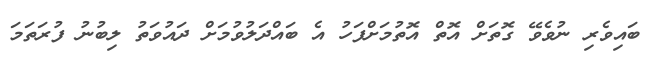
ބައިވެރި ނުވެވޭ ގޮތަށް އޮތް އޮތުމަށްފަހު އެ ބައްދަލުވުމަށް ދައުވަތު ލިބުނު ފުރަތަމަ